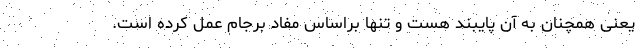
یعنی همچنان به آن پایبند هست و تنها براساس مفاد برجام عمل کرده است.